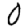
Digit: 0